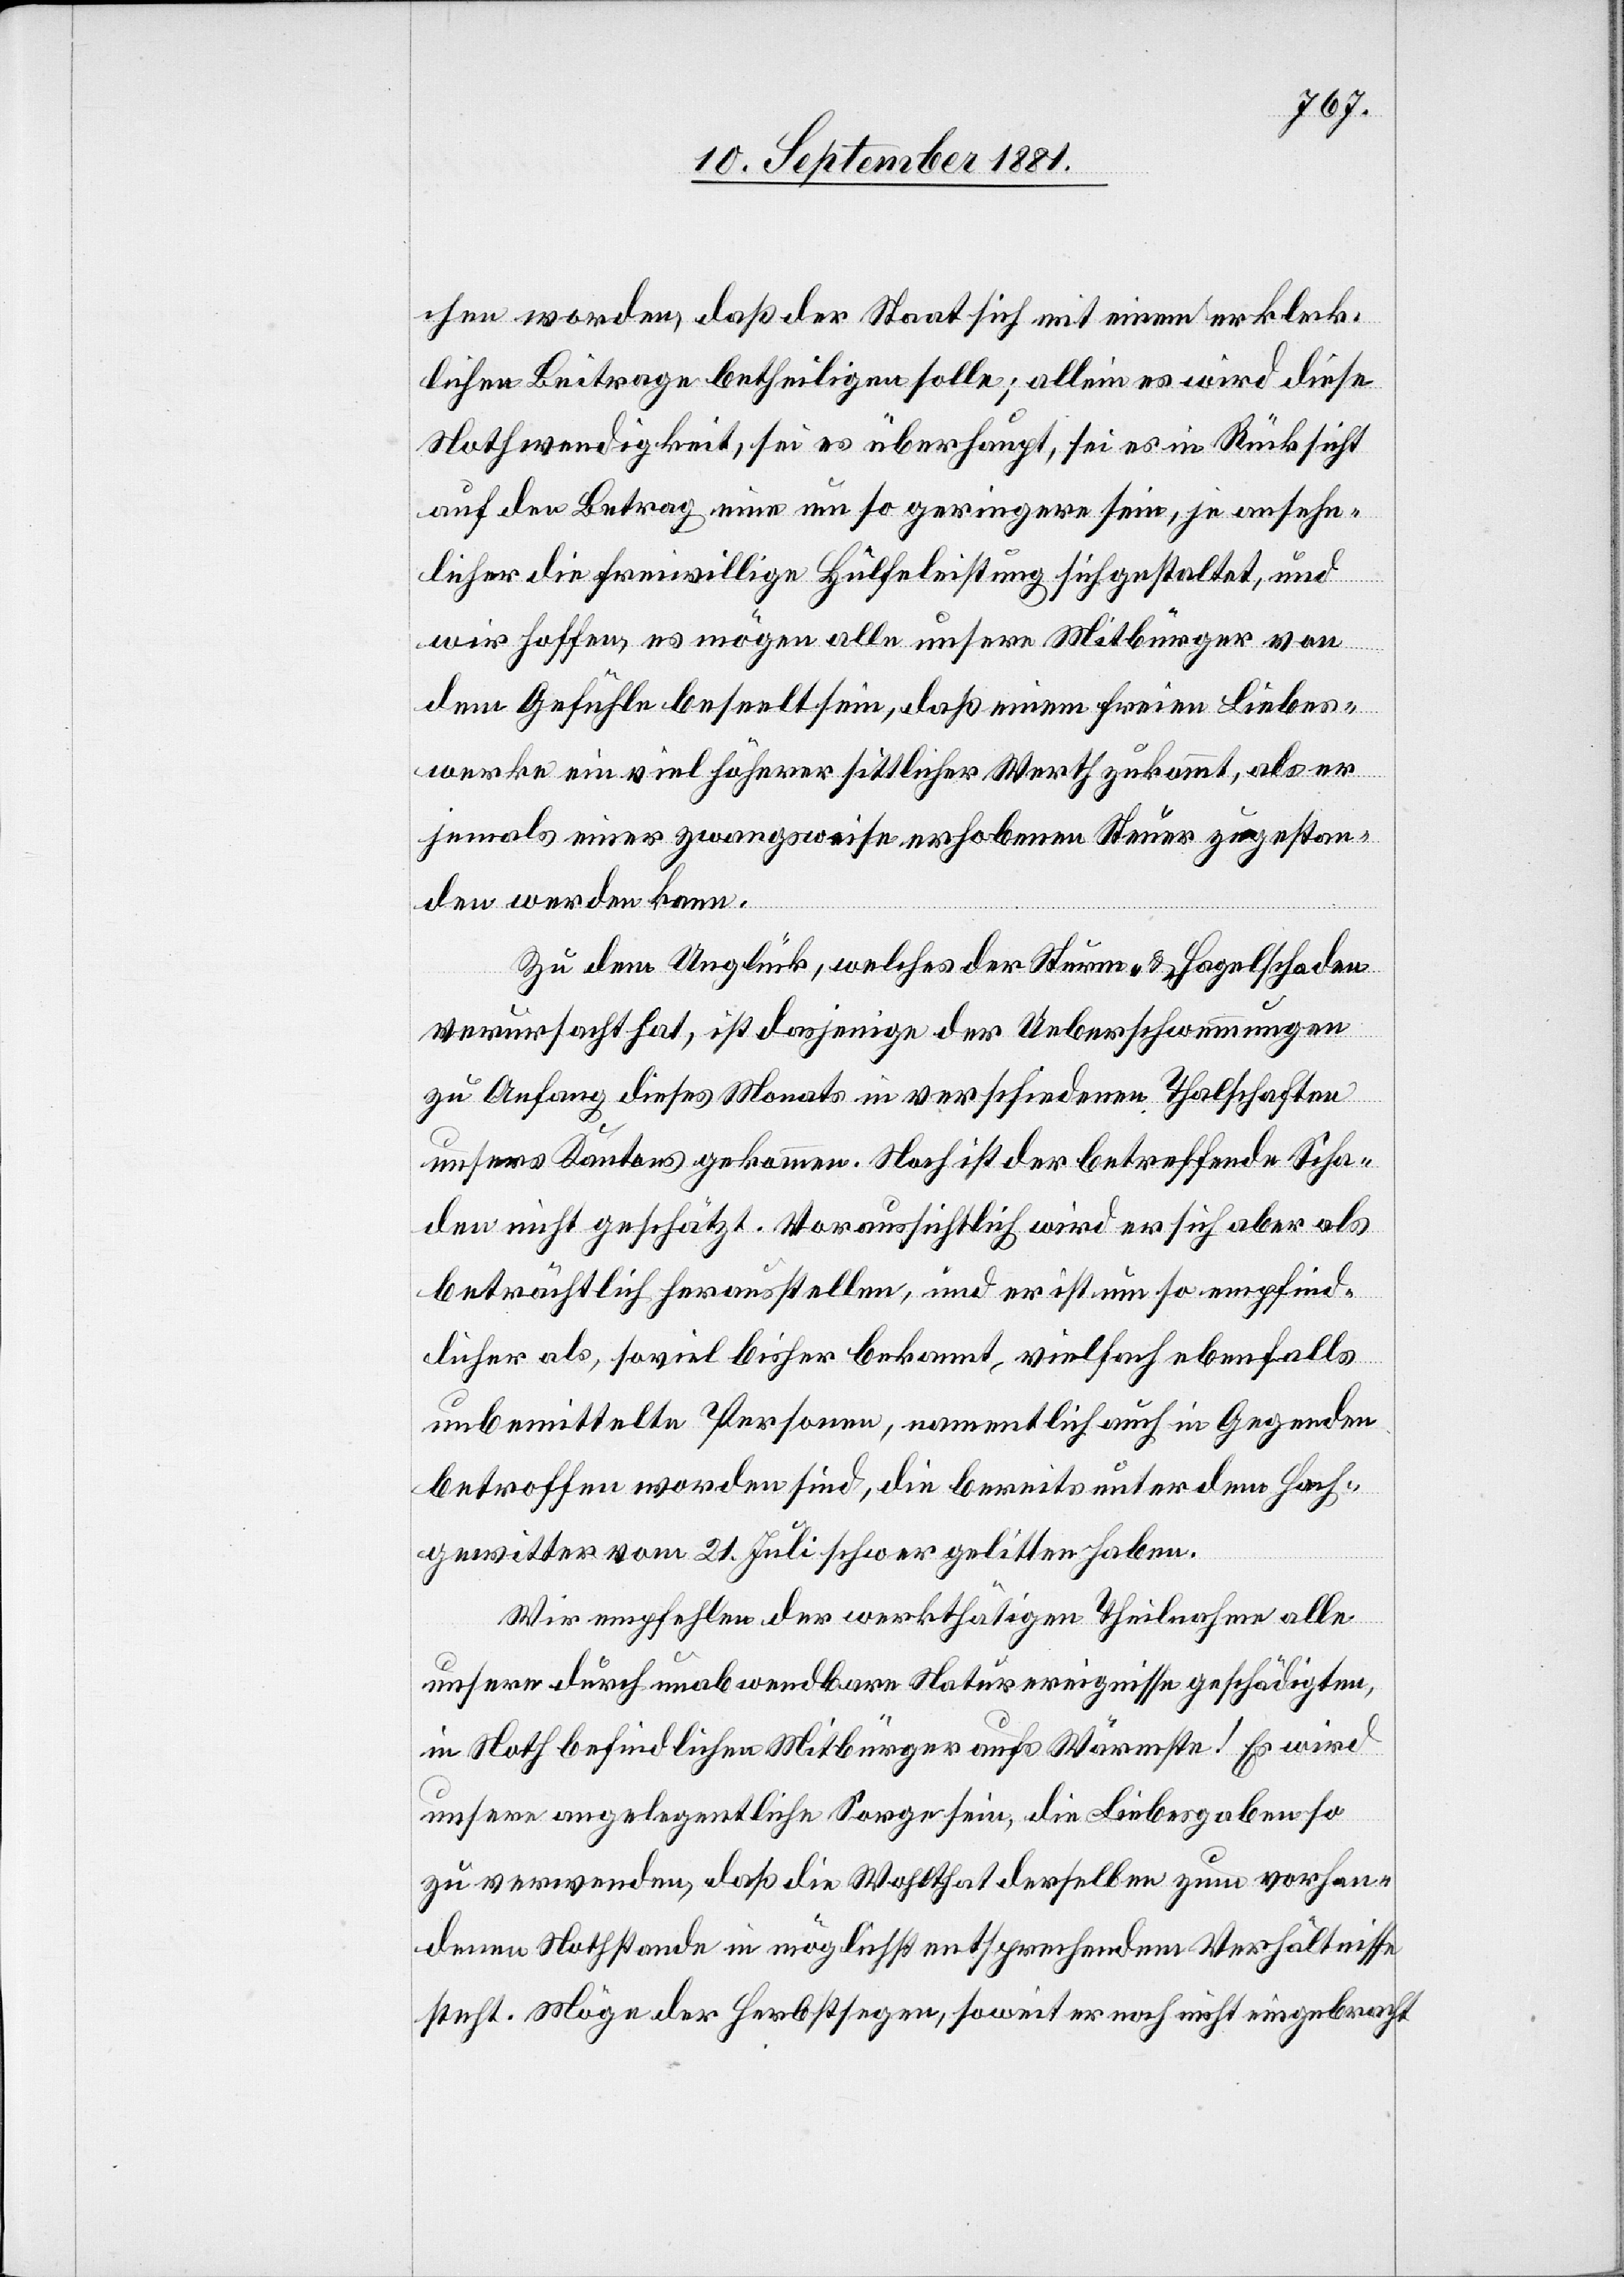
chen worden, daß der Staat sich mit einem erkleck¬
lichen Beitrage betheiligen solle; allein es wird diese
Nothwendigkeit, sei es überhaupt, sei es in Rücksicht
auf den Betrag eine um so geringere sein, je ansehn¬
licher die freiwillige Hülfeleistung sich gestaltet, und
wir hoffen, es mögen alle unsere Mitbürger von
dem Gefühle bestellt sein, daß einem freien Liebes¬
werke nie viel höherer sittlicher Werth zukommt, als er
jemals einer zwangsweise erhobenen Steuer zugestan¬
den werden kann.
Zu dem Unglück, welches der Sturm- & Hagelschaden
verursacht hat, ist dasjenige der Ueberschwemmungen
zu Anfang dieses Monats in verschiedenen Thalschaften
unsers Kantons gekommen. Noch ist der betreffende Scha¬
den nicht geschätzt. Voraussichtlich wird er sich aber als
beträchtlich herausstellen, und er ist um so empfind¬
licher als, soviel bisher bekannt, vielfach ebenfalls
unbemittelte Personen, namentlich auch in Gegenden
betroffen worden sind, die bereits unter dem Hoch¬
gewitter vom 21. Juli schwer gelitten haben.
Wir empfehlen der werkthätigen Theilnahme alle
unsern durch unabwendbare Naturereignisse geschädigten,
in Noth befindlichen Mitbürgern aufs Wärmste! Es wird
unsere angelegentliche Sorge sein, die Liebesgaben so
zu verwenden, daß die Wohlthat derselben zum vorhan¬
denen Nothstande in möglichst entsprechendem Verhältnisse
steht. Möge der Herbstsegen, soweit er noch nicht eingebracht